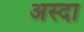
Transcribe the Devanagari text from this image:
अस्दा